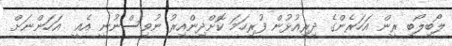
ލޯބިލޯބި ރީން އަހަރެންގެ ދިރިއުޅުން ފުރިހަމަ ކޮށްދިންއިރު ނުވިސްނުނީ އެއީ  އަހަންނަށް